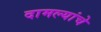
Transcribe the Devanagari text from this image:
दामल्यांचे